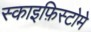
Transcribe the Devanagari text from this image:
स्काइफ़िस्टोमे